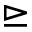
\trianglerighteq